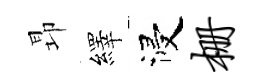
昻繹浸栅